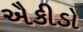
ઐકીડો